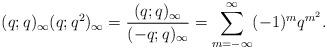
LaTeX: \begin{align*}(q;q)_\infty(q;q^2)_\infty =\dfrac{(q;q)_\infty}{(-q;q)_\infty}=\sum_{m=-\infty}^\infty (-1)^m q^{m^2}.\end{align*}